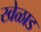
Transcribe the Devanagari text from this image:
खेळाड